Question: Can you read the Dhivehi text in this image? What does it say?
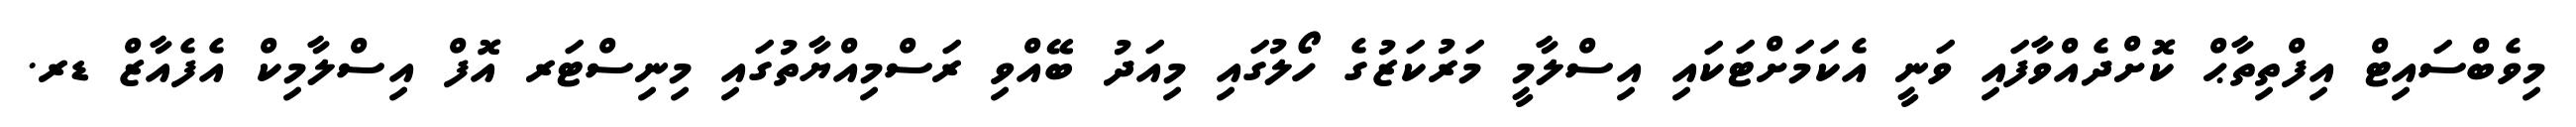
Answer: މިވެބްސައިޓް އިފްތިތާޙް ކޮށްދެއްވާފައި ވަނީ އެކަމަށްޓަކައި އިސްލާމީ މަރުކަޒުގެ ހޯލުގައި މިއަދު ބޭއްވި ރަސްމިއްޔާތުގައި މިނިސްޓަރ އޮފް އިސްލާމިކް އެފެއާޒް ޑރ.